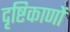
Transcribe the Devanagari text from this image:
दृष्टिकाणों